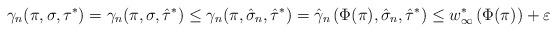
LaTeX: \begin{align*}\gamma_n(\pi, \sigma,\tau^*)=\gamma_n(\pi, \sigma,\hat{\tau}^*)&\leq \gamma_n(\pi, \hat{\sigma}_n,\hat{\tau}^*)=\hat{\gamma}_n\left(\Phi(\pi), \hat{\sigma}_n,\hat{\tau}^*\right) \leq w^*_\infty\left(\Phi(\pi)\right)+\varepsilon\end{align*}